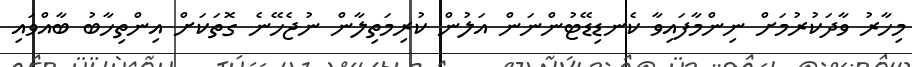
މިހާރު ވާދަކުރުމަށް ނިންމާފައިވާ ކެނޑިޑޭޓުންނަން އަލުން ކުރިމަތިލާން ނުޖެހޭނެ ގޮތަކަށް އިންތިހާބު ބާއްވައި